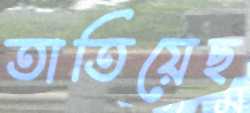
তাতিয়েছ